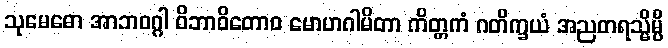
သုမေဓော အာဘဝဂ္ဂါ ဝိဘာဝိတောဝ မောဟဂါမိတာ ကိတ္တကံ ဂတိက္ခယံ အညတရသ္မိမ္ပိ